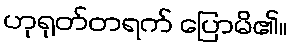
ဟုရုတ်တရက် ပြောမိ၏။